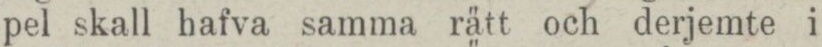
pel skall hafva samma rätt och derjemte i